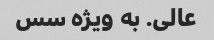
عالی. به ویژه سس